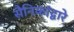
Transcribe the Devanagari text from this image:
सैनिकांद्वारे